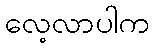
လေ့လာပါက